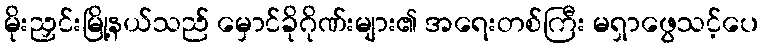
မိုးညှင်းမြို့နယ်သည် မှောင်ခိုဂိုဏ်းများ၏ အရေးတစ်ကြီး မရှာဖွေသင့်ပေ